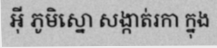
អ៊ី ភូមិស្នោ សង្កាត់រកា ក្នុង